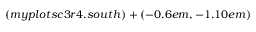
( m y p l o t s c 3 r 4 . s o u t h ) + ( - 0 . 6 e m , - 1 . 1 0 e m )